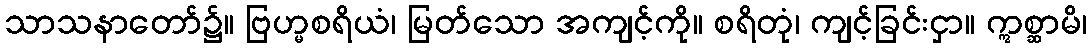
သာသနာတော်၌။ ဗြဟ္မစရိယံ၊ မြတ်သော အကျင့်ကို။ စရိတုံ၊ ကျင့်ခြင်းငှာ။ ဣစ္ဆာမိ၊